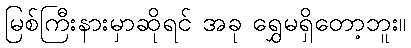
မြစ်ကြီးနားမှာဆိုရင် အခု ရွှေမရှိတော့ဘူး။